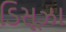
ડિસૂઝા